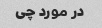
در مورد چی